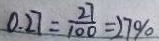
0 . 2 7 = \frac { 2 7 } { 1 0 0 } = 2 7 \%